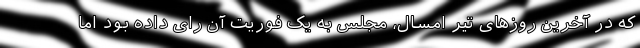
که در آخرین روزهای تیر امسال، مجلس به یک فوریت آن رای داده بود اما